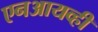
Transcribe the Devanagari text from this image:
एनआयव्ही